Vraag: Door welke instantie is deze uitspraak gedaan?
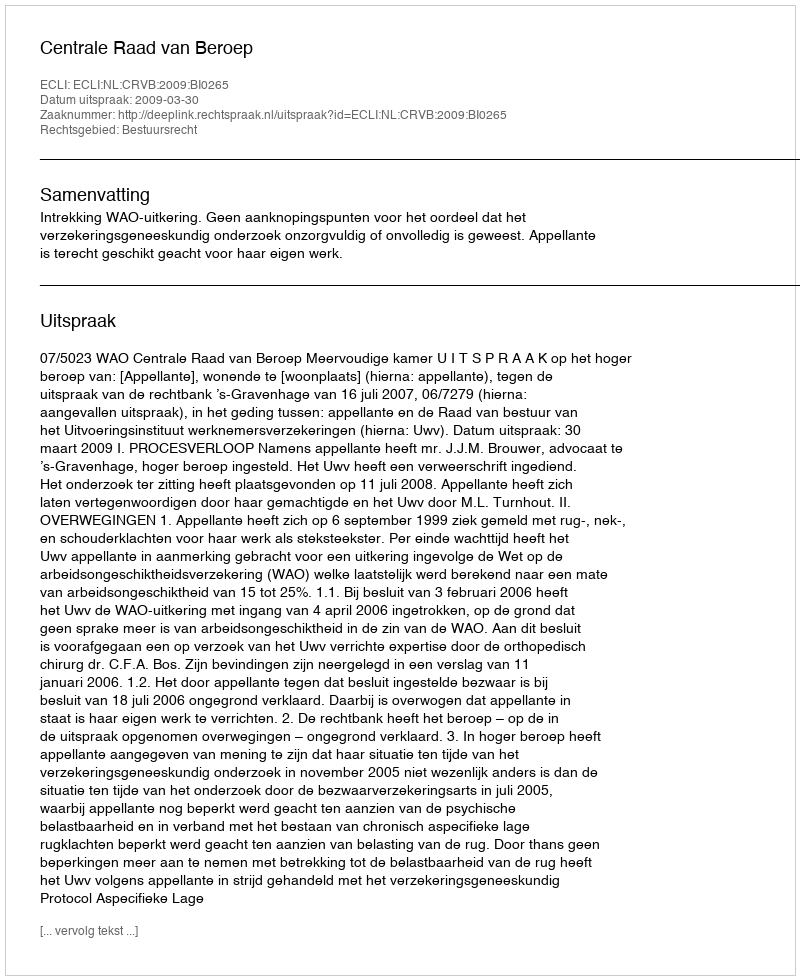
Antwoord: Centrale Raad van Beroep